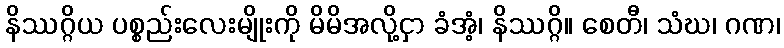
နိဿဂ္ဂိယ ပစ္စည်းလေးမျိုးကို မိမိအလို့ငှာ ခံအံ့၊ နိဿဂ္ဂိ။ စေတီ၊ သံဃ၊ ဂဏ၊